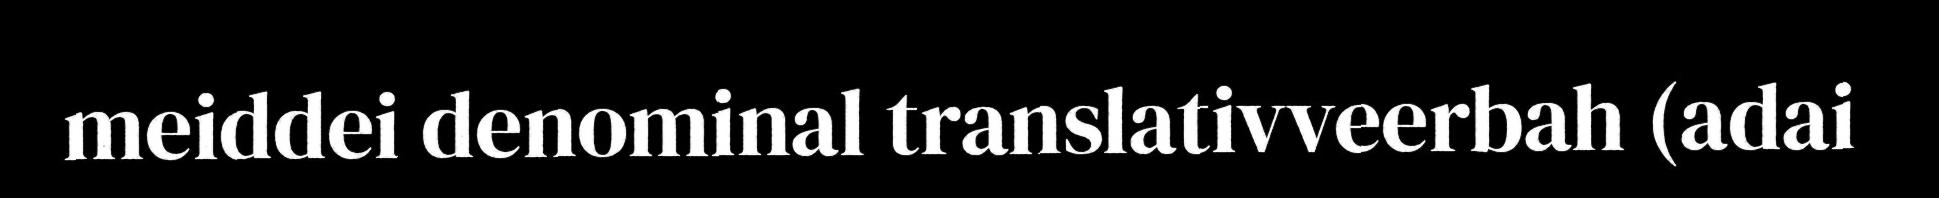
meiddei denominal translativveerbah (adai